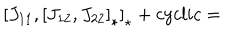
\left[ J _ { 1 1 } , \left[ J _ { 1 2 } , J _ { 2 2 } \right] _ { \star } \right] _ { \star } + c y c l i c =